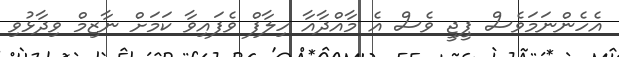
އެހެންނަމަވެސް ޕީޖީ ވެސް އެ މާއްދާއާ ހިލާފް ވެފައިވާ ކަމަށް ނާޒިމް ވިދާޅުވި